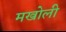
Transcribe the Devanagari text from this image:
मखोली